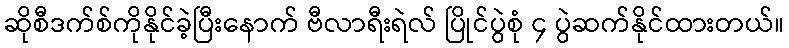
ဆိုစီဒက်စ်ကိုနိုင်ခဲ့ပြီးနောက် ဗီလာရီးရဲလ် ပြိုင်ပွဲစုံ ၄ ပွဲဆက်နိုင်ထားတယ်။